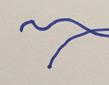
Signature authenticity: forged